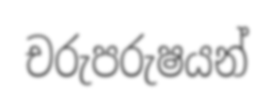
චරුපරුෂයන්